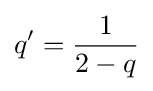
q'={\frac {1}{2-q}}